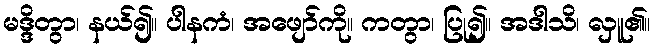
မဒ္ဒိတွာ၊ နယ်၍။ ပါနကံ၊ အဖျော်ကို။ ကတွာ၊ ပြု၍။ အဒါသိ၊ လှူ၏။